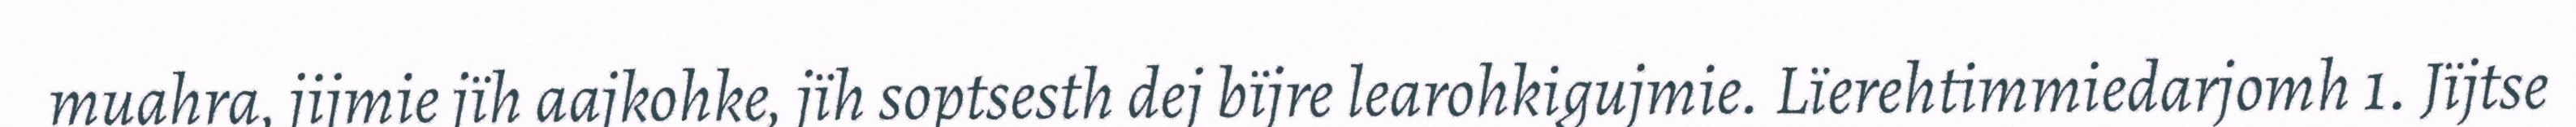
muahra, jijmie jïh aajkohke, jïh soptsesth dej bïjre learohkigujmie. Lïerehtimmiedarjomh 1. Jïjtse